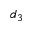
d _ { 3 }